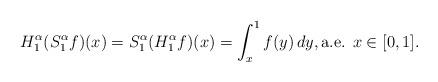
LaTeX: \begin{align*}H_1^\alpha(S_1^\alpha f)(x)=S_1^\alpha(H_1^\alpha f)(x)=\int_x^1 f(y)\,dy,\mbox{a.e. } x\in [0,1].\end{align*}